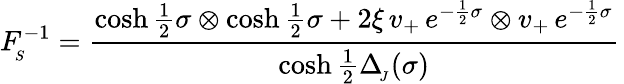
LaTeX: F_{_{\! S}}^{-1}=\frac{\cosh\frac{1}{2}\sigma\otimes\cosh\frac{1}{2}\sigma+2\xi\, v_{+}\, e^{-\frac{1}{2}\sigma}\otimes v_{+}\, e^{-\frac{1}{2}\sigma}}{\cosh\frac{1}{2}\Delta_{_{\! J}}(\sigma)}\,